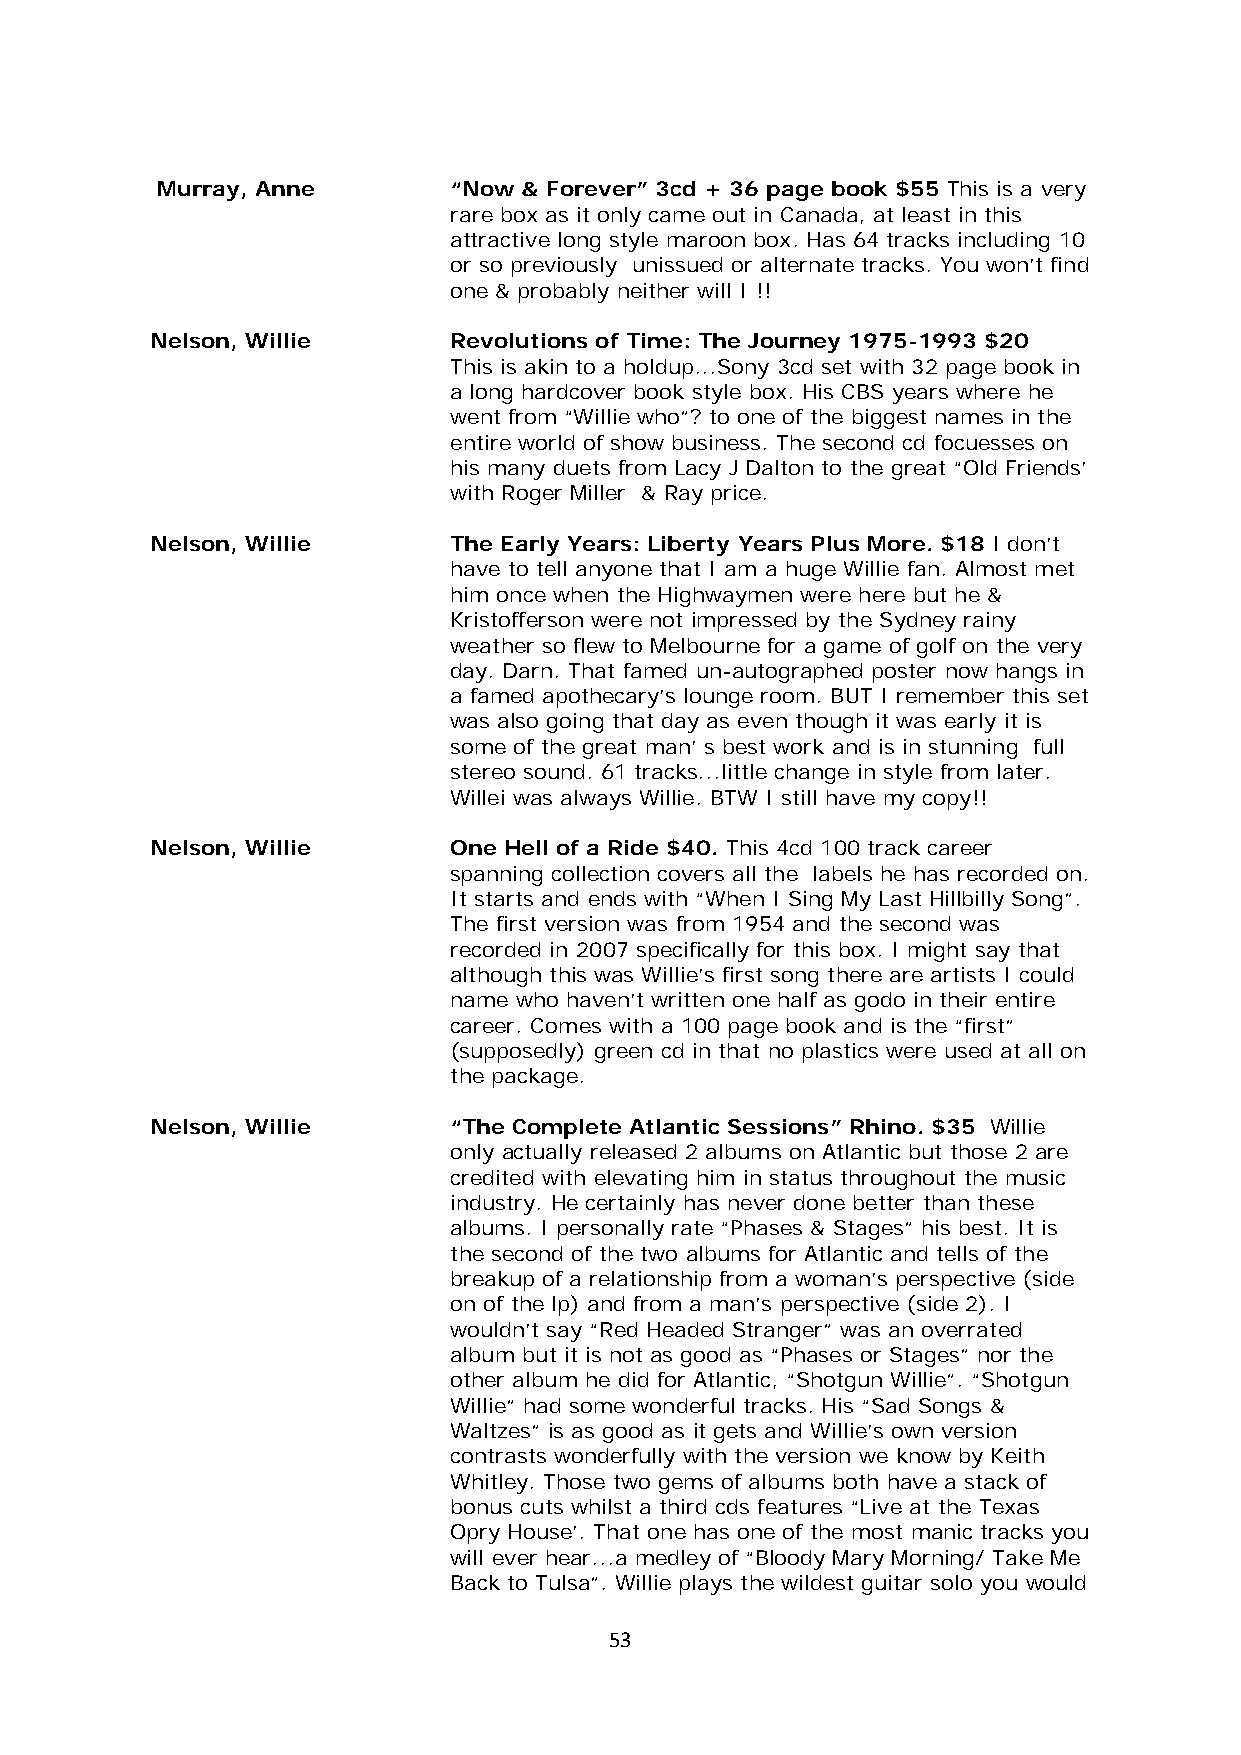
Murray, Anne        “Now & Forever” 3cd + 36 page book $55 This is a very
 rare box as it only came out in Canada, at least in this
 attractive long style maroon box. Has 64 tracks including 10
 or so previously unissued or alternate tracks. You won’t find
 one & probably neither will I !!
 Nelson, Willie      Revolutions of Time: The Journey 1975-1993 $20
 This is akin to a holdup...Sony 3cd set with 32 page book in
 a long hardcover book style box. His CBS years where he
 went from “Willie who”? to one of the biggest names in the
 entire world of show business. The second cd focuesses on
 his many duets from Lacy J Dalton to the great “Old Friends’
 with Roger Miller & Ray price.
 Nelson, Willie      The Early Years: Liberty Years Plus More. $18 I don’t
 have to tell anyone that I am a huge Willie fan. Almost met
 him once when the Highwaymen were here but he &
 Kristofferson were not impressed by the Sydney rainy
 weather so flew to Melbourne for a game of golf on the very
 day. Darn. That famed un-autographed poster now hangs in
 a famed apothecary’s lounge room. BUT I remember this set
 was also going that day as even though it was early it is
 some of the great man’ s best work and is in stunning full
 stereo sound. 61 tracks...little change in style from later.
 Willei was always Willie. BTW I still have my copy!!
 Nelson, Willie      One Hell of a Ride $40. This 4cd 100 track career
 spanning collection covers all the labels he has recorded on.
 It starts and ends with “When I Sing My Last Hillbilly Song”.
 The first version was from 1954 and the second was
 recorded in 2007 specifically for this box. I might say that
 although this was Willie’s first song there are artists I could
 name who haven’t written one half as godo in their entire
 career. Comes with a 100 page book and is the “first”
 (supposedly) green cd in that no plastics were used at all on
 the package.
 Nelson, Willie      “The Complete Atlantic Sessions” Rhino. $35 Willie
 only actually released 2 albums on Atlantic but those 2 are
 credited with elevating him in status throughout the music
 industry. He certainly has never done better than these
 albums. I personally rate “Phases & Stages” his best. It is
 the second of the two albums for Atlantic and tells of the
 breakup of a relationship from a woman’s perspective (side
 on of the lp) and from a man’s perspective (side 2). I
 wouldn’t say “Red Headed Stranger” was an overrated
 album but it is not as good as “Phases or Stages” nor the
 other album he did for Atlantic, “Shotgun Willie”. “Shotgun
 Willie” had some wonderful tracks. His “Sad Songs &
 Waltzes” is as good as it gets and Willie’s own version
 contrasts wonderfully with the version we know by Keith
 Whitley. Those two gems of albums both have a stack of
 bonus cuts whilst a third cds features “Live at the Texas
 Opry House’. That one has one of the most manic tracks you
 will ever hear...a medley of “Bloody Mary Morning/ Take Me
 Back to Tulsa”. Willie plays the wildest guitar solo you would
 53